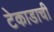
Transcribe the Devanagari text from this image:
टेकाडाची